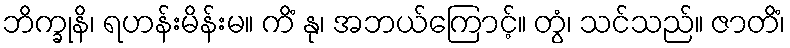
ဘိက္ခုနိ၊ ရဟန်းမိန်းမ။ ကိံ နု၊ အဘယ်ကြောင့်။ တွံ၊ သင်သည်။ ဇာတိံ၊